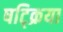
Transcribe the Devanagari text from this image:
षट्क्रिया